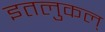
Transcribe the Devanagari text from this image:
इतलुकल्